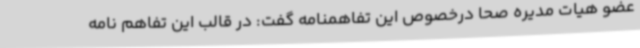
عضو هیات مدیره صحا درخصوص این تفاهمنامه گفت: در قالب این تفاهم نامه